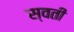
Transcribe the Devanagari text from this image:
स्वती